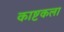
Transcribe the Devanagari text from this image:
काष्टकला